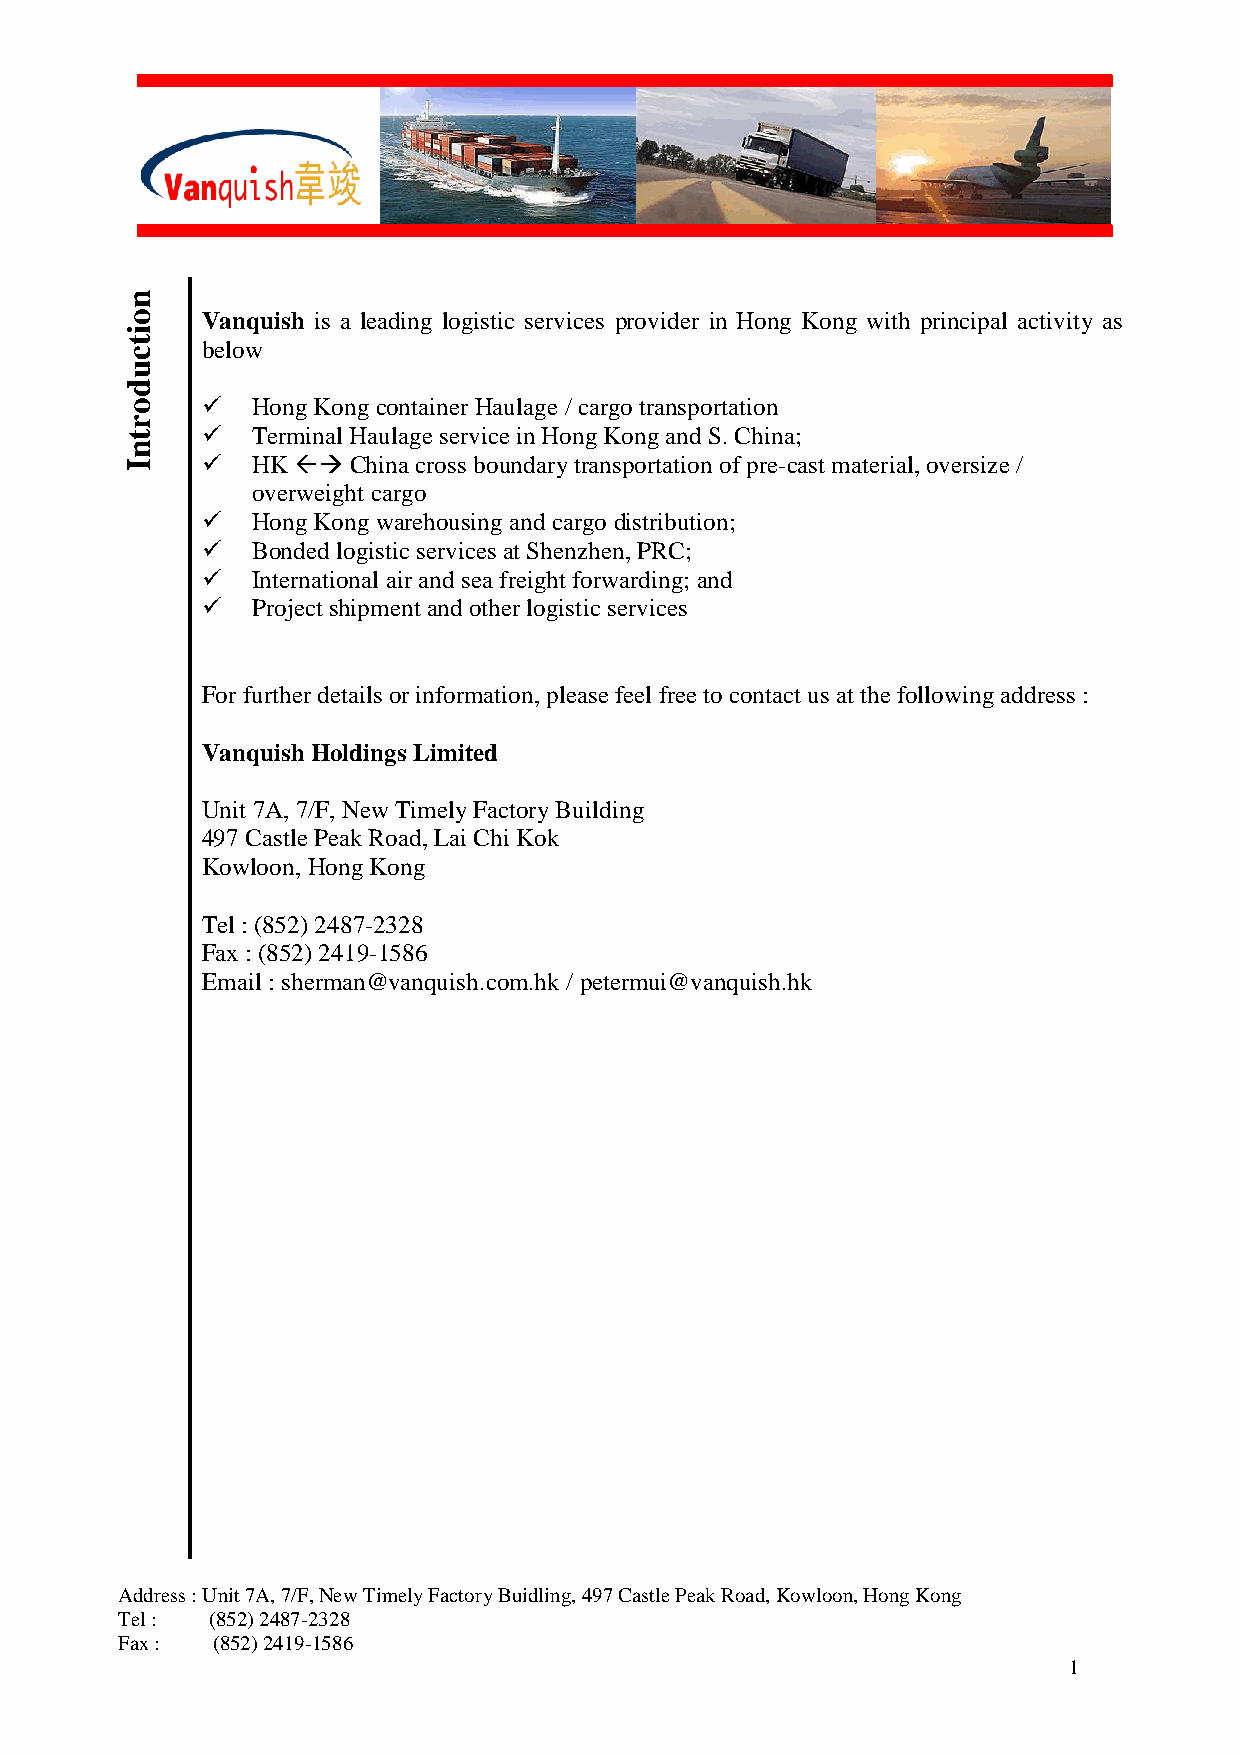
n
 o    Vanquish is a leading logistic services provider in Hong Kong with principal activity as
 i
 t    below
 c
 u
 d
 o       Hong Kong container Haulage / cargo transportation
 r
 t       Terminal Haulage service in Hong Kong and S. China;
 n
 I       HK  China cross boundary transportation of pre-cast material, oversize /
 overweight cargo
    Hong Kong warehousing and cargo distribution;
    Bonded logistic services at Shenzhen, PRC;
    International air and sea freight forwarding; and
    Project shipment and other logistic services
 For further details or information, please feel free to contact us at the following address :
 Vanquish Holdings Limited
 Unit 7A, 7/F, New Timely Factory Building
 497 Castle Peak Road, Lai Chi Kok
 Kowloon, Hong Kong
 Tel : (852) 2487-2328
 Fax : (852) 2419-1586
 Email : sherman@vanquish.com.hk / petermui@vanquish.hk
 Address : Unit 7A, 7/F, New Timely Factory Buidling, 497 Castle Peak Road, Kowloon, Hong Kong
 Tel : (852) 2487-2328
 Fax : (852) 2419-1586
 1